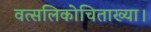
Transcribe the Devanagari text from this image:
वत्सलिकोचिताख्या।